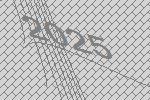
2025